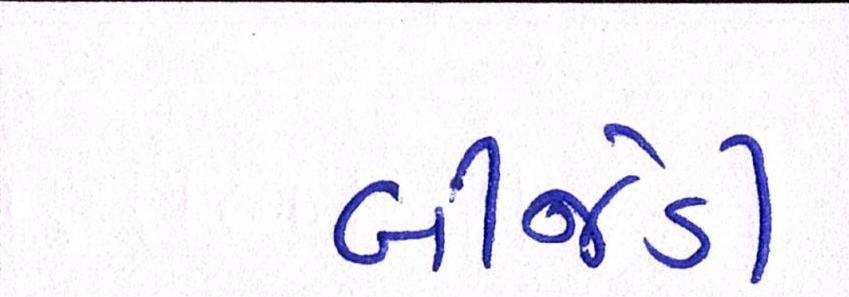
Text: બીજેડી